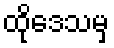
ထိုဒေသမှ